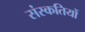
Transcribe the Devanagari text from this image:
संस्कतियों